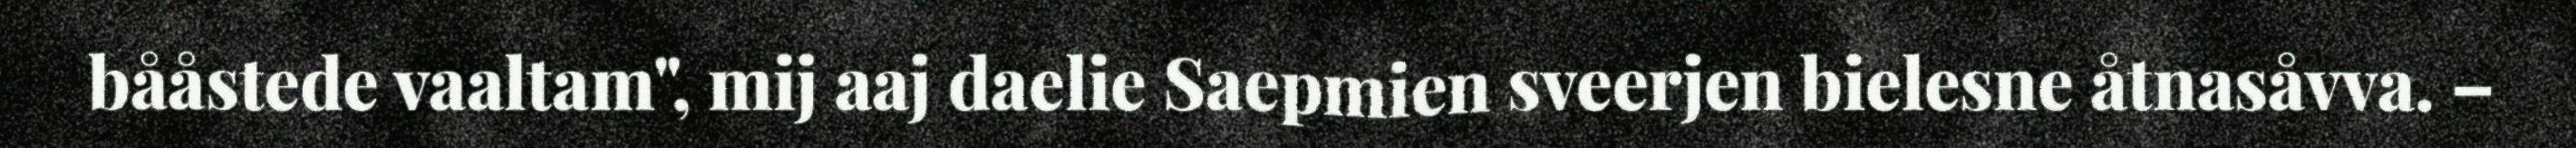
bååstede vaaltam", mij aaj daelie Saepmien sveerjen bielesne åtnasåvva. –